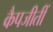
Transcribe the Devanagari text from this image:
कैपजीतीं